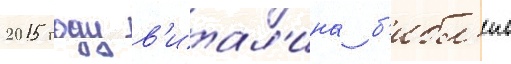
2015 году в'итал'ина б'ибл'ив